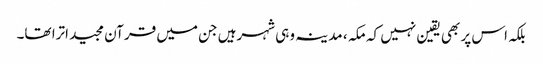
بلکہ اس پر بھی یقین نہیں کہ مکہ ، مدینہ وہی شہرہیں جن میں قرآن مجید اترا تھا۔